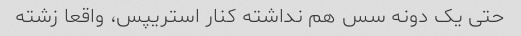
حتی یک دونه سس هم نداشته کنار استریپس، واقعا زشته